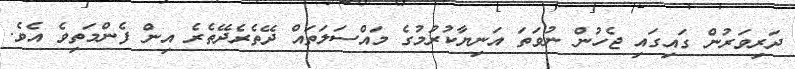
ދަރިވަރުން ގައިގައި ޖެހުން ނުވަތަ އަނިޔާކުރުމުގެ މައްސަލަތައް ދޭތެރެދޭތެރެ އިން ފެންމަތިވެ އެވެ.